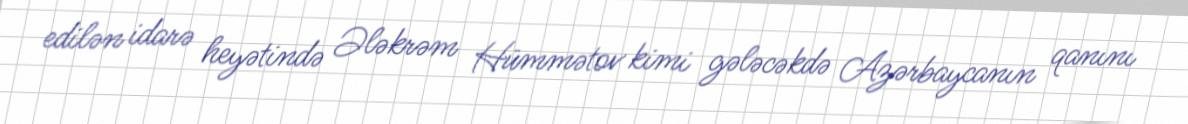
edilən idarə heyətində Ələkrəm Hümmətov kimi gələcəkdə Azərbaycanın qanını